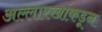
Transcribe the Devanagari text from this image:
अल्लारखांकडून